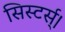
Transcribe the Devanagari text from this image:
सिस्टर्स्।